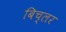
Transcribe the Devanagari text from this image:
बिच्लर